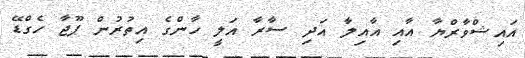
އައިޝްވާރްޔާ އާއި އާއިލާ އަދި ސާރާ އަލީ ހާންގެ އިތުރުން ޕޫޖާ ހެގްޑޭ